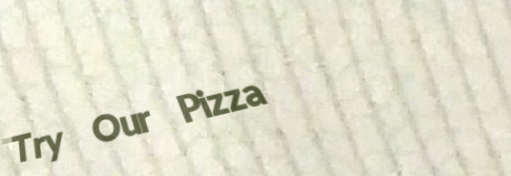
Try Our Pizza